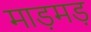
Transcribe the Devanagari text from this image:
माड़मड़